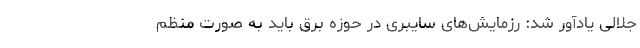
جلالی یادآور شد: رزمایش‌های سایبری در حوزه برق باید به صورت منظم